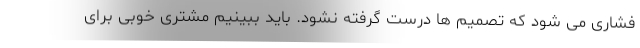
فشاری می شود که تصمیم ها درست گرفته نشود. باید ببینیم مشتری خوبی برای